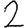
Digit: 2